Annual report on the health of the army in India
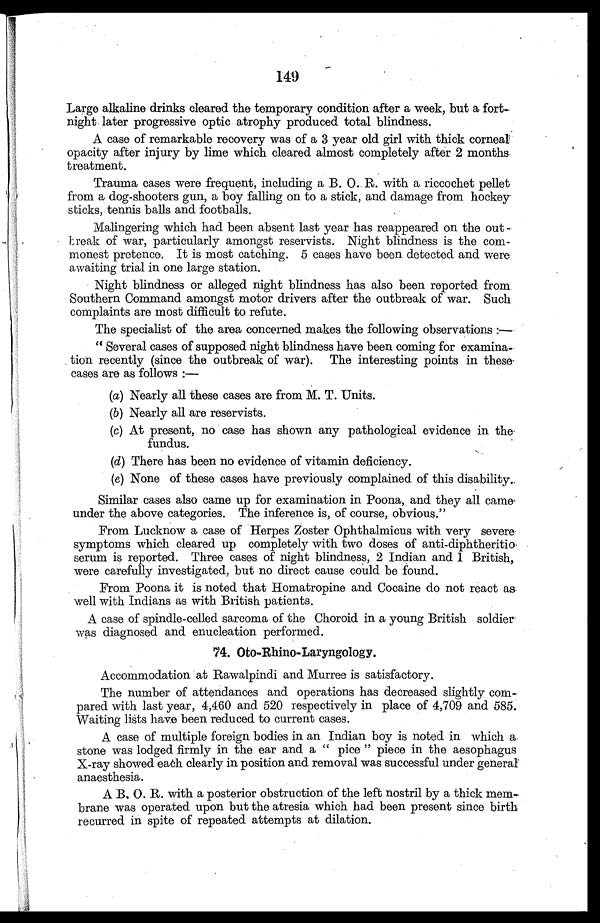
149
Large alkaline drinks cleared the temporary condition after a week, but a fort
-night later progressive optic atrophy produced total blindness.
A case of remarkable recovery was of a 3 year old girl with thick corneal
opacity after injury by lime which cleared almost completely after 2 months
treatment.
Trauma cases were frequent, including a B. O. R. with a riccochet pellet
from a dog-shooters gun, a boy falling on to a stick, and damage from hockey
sticks, tennis balls and footballs.
Malingering which had been absent last year has reappeared on the out-
break of war, particularly amongst reservists. Night blindness is the com
-monest pretence. It is most catching. 5 cases have been detected and were
awaiting trial in one large station.
Night blindness or alleged night blindness has also been reported from
Southern Command amongst motor drivers after the outbreak of war. Such
complaints are most difficult to refute.
The specialist of the area concerned makes the following observations:—
"Several cases of supposed night blindness have been coming for examina
-tion recently (since the outbreak of war). The interesting points in these
cases are as follows:—
(a) Nearly all these cases are from M. T. Units.
(b) Nearly all are reservists.
(c) At present, no case has shown any pathological evidence in the
fundus.
(d) There has been no evidence of vitamin deficiency.
(e) None of these cases have previously complained of this disability.
Similar cases also came up for examination in Poona, and they all came
under the above categories. The inference is, of course, obvious."
From Lucknow a case of Herpes Zoster Ophthalmicus with very severe
symptoms which cleared up completely with two doses of anti-diphtheritio
serum is reported. Three cases of night blindness, 2 Indian and 1 British,
were carefully investigated, but no direct cause could be found.
From Poona it is noted that Homatropine and Cocaine do not react as
well with Indians as with British patients.
A case of spindle-celled sarcoma of the Choroid in a young British soldier
was diagnosed and enucleation performed.
74. Oto-Rhino-Laryngology.
Accommodation at Rawalpindi and Murree is satisfactory.
The number of attendances and operations has decreased slightly com
-pared with last year, 4,460 and 520 respectively in place of 4,709 and 585.
Waiting lists have been reduced to current cases.
A case of multiple foreign bodies in an Indian boy is noted in which a
stone was lodged firmly in the ear and a "pice" piece in the aesophagus
X-ray showed each clearly in position and removal was successful under general
anaesthesia.
A B. O. R. with a posterior obstruction of the left nostril by a thick mem
-brane was operated upon but the atresia which had been present since birth
recurred in spite of repeated attempts at dilation.